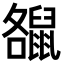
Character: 𪕘